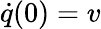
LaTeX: \dot{q}(0)=v